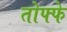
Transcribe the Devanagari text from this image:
तोफ्फे